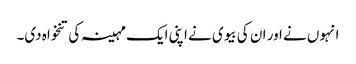
انہوں نے اور ان کی بیوی نے اپنی ایک مہینہ کی تنخواہ دی۔